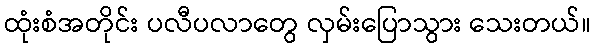
ထုံးစံအတိုင်း ပလီပလာတွေ လှမ်းပြောသွား သေးတယ်။